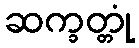
ဆက္ခတ္တုံ